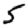
Digit: 5